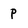
Character: P